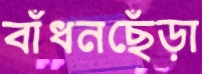
বাঁধনছেঁড়া